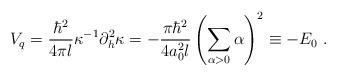
LaTeX: \begin{align*}V_q = \frac{\hbar^2}{4\pi l}\kappa^{-1}\partial_h^2\kappa=-\frac{\pi\hbar^2}{4a_0^2l}\left(\sum\limits_{\alpha >0}\alpha\right)^2\equiv -E_0\ .\end{align*}